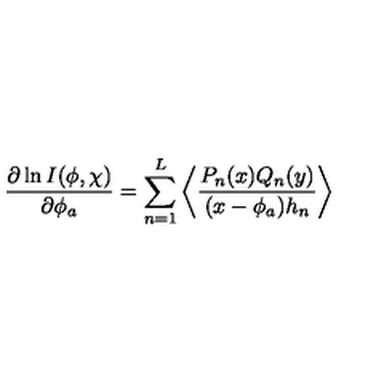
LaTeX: \frac { \partial \ln I ( \phi , \chi ) } { \partial \phi _ { a } } = \sum _ { n = 1 } ^ { L } \left\langle \frac { P _ { n } ( x ) Q _ { n } ( y ) } { ( x - \phi _ { a } ) h _ { n } } \right\rangle